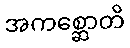
အကစ္ဆောတိ